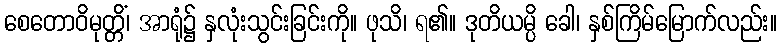
စေတောဝိမုတ္တိံ၊ အာရုံ၌ နှလုံးသွင်းခြင်းကို။ ဖုသိ၊ ရ၏။ ဒုတိယမ္ပိ ခေါ၊ နှစ်ကြိမ်မြောက်လည်း။